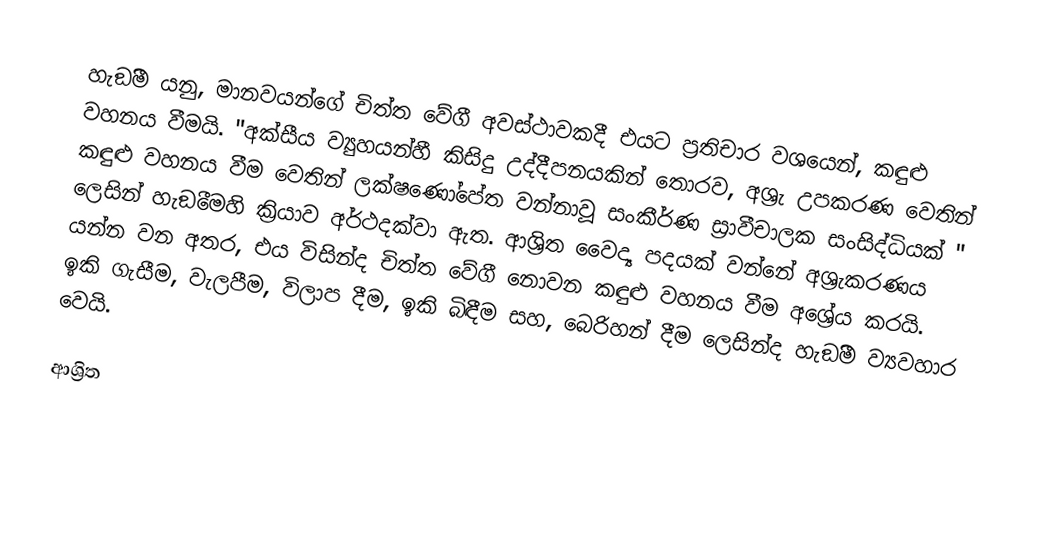
හැඞීම යනු,  මානවයන්ගේ චිත්ත වේගී අවස්ථාවකදී එයට ප්‍රතිචාර වශයෙන්, කඳුළු වහනය වීමයි. "අක්සීය ව්‍යුහයන්හී කිසිදු උද්දීපනයකින් තොරව, අශ්‍රැ උපකරණ වෙතින් කඳුළු වහනය වීම වෙතින් ලක්ෂණෝපේත වන්නාවූ සංකීර්ණ ස්‍රාවීචාලක සංසිද්ධියක් " ලෙසින් හැඞීමෙහි ක්‍රියාව අර්ථදක්වා ඇත. ආශ්‍රිත වෛද්‍ය පදයක් වන්නේ  අශ්‍රැකරණය යන්න වන අතර, එය විසින්ද චිත්ත වේගී නොවන කඳුළු වහනය වීම අශ්‍රේය කරයි. ඉකි ගැසීම, වැලපීම, විලාප දීම, ඉකි බිඳීම සහ, බෙරිහන් දීම ලෙසින්ද හැඞීම ව්‍යවහාර වෙයි.

ආශ්‍රිත